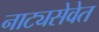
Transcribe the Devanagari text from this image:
नाट्यसेवेत